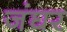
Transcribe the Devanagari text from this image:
जंघर